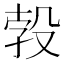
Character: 𱥗